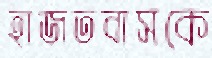
হাজতবাসকে